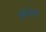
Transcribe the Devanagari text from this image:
जुवेनोन